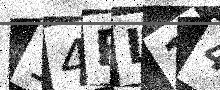
Text: 14RL14